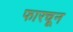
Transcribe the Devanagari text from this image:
फारचून